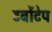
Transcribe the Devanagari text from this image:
टर्बोटेप